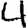
Digit: 4